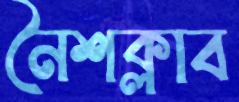
নৈশক্লাব